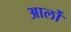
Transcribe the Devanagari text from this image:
आर्लो